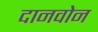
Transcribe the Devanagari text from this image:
दानवोन